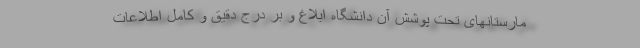
مارستانهای تحت پوشش آن دانشگاه ابلاغ و بر درج دقیق و کامل اطلاعات